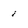
Character: 1